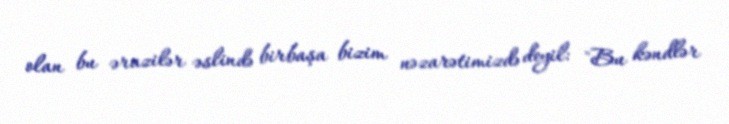
olan bu ərazilər əslində birbaşa bizim nəzarətimizdə deyil: "Bu kəndlər